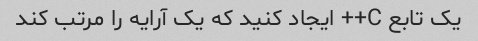
یک تابع C++ ایجاد کنید که یک آرایه را مرتب کند